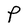
Character: P